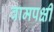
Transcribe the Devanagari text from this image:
वामपक्षी